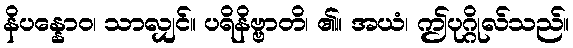
နိပန္နောဝ၊ သာလျှင်။ ပရိနိဗ္ဗာတိ၊ ၏။ အယံ၊ ဤပုဂ္ဂိုလ်သည်။